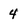
Character: 4